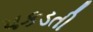
પકડતી